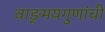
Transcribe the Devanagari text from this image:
वाङ्‌मयगुणांची